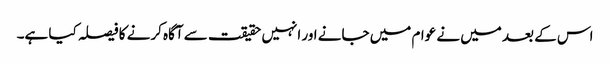
اس کے بعد میں نے عوام میں جانے اور انہیں حقیقت سے آگاہ کرنے کا فیصلہ کیا ہے۔